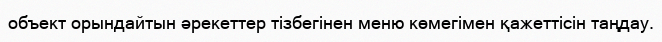
объект орындайтын әрекеттер тізбегінен меню көмегімен қажеттісін таңдау.